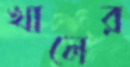
খালের